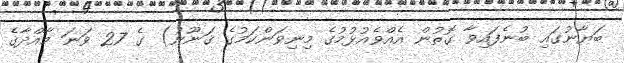
ބަޔާނުގައި ބުނެފައިވާ ގޮތުން އެއްވެއުޅުމުގެ މިނިވަންކަމުގެ ޤަނޫނު) ގެ 27 ވަނަ މާއްދާގެ